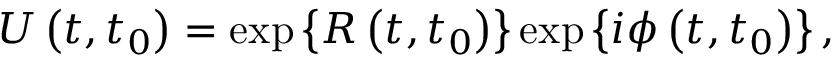
U \left( t , t _ { 0 } \right) = \exp \left\{ R \left( t , t _ { 0 } \right) \right\} \exp \left\{ i \phi \left( t , t _ { 0 } \right) \right\} ,